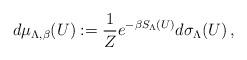
LaTeX: \begin{align*}d\mu_{\Lambda, \beta}(U) := \frac{1}{Z}e^{-\beta S_\Lambda(U)} d\sigma_{\Lambda}(U)\, ,\end{align*}